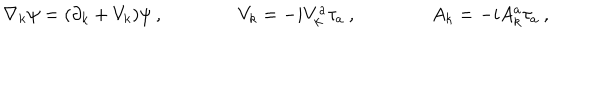
\nabla _ { k } \psi = ( \partial _ { k } + V _ { k } ) \psi \: , \qquad \qquad V _ { k } = - i V _ { k } ^ { a } \tau _ { a } \: , \qquad \qquad A _ { k } = - i A _ { k } ^ { a } \tau _ { a } \: ,